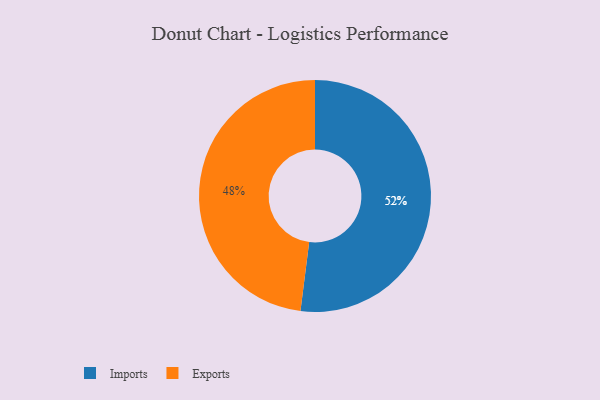
{"axis": {"x": "Category", "y": "Percentage"}, "legend": ["Exports", "Imports"], "data": [{"x": "Exports", "y": 48, "type": "Exports"}, {"x": "Imports", "y": 52, "type": "Imports"}]}